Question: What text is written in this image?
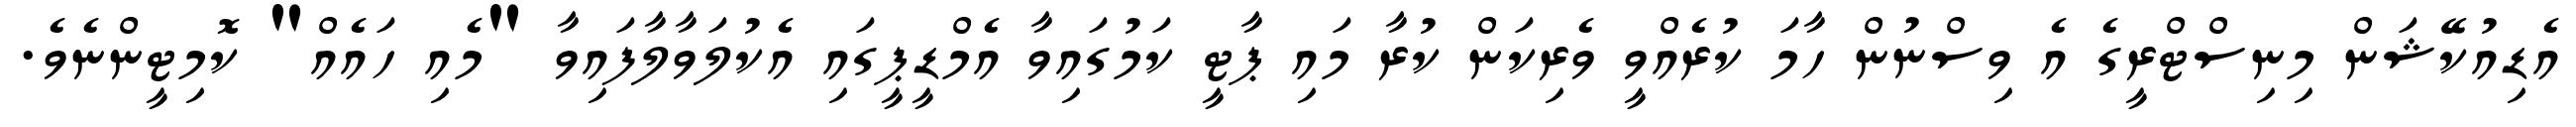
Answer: އެޑިއުކޭޝަން މިނިސްޓްރީގެ އެ ވިސްނުން ހާމަ ކުރެއްވީ ވެރިކަން ކުރާ މައި ޕާޓީ ކަމުގައިވާ އެމްޑީޕީގައި އެކުލަވާލާފައިވާ "މެއި ހައެއް" ކޮމިޓީންނެވެ.